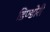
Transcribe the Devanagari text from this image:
डिण्डोरी